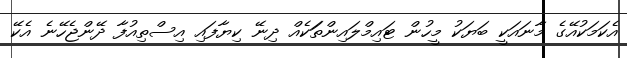
އެކަމަކުއޭގެ މާނައަކީ ބަޔަކު މީހުން ޓައިމްލައިންތަަކެއް ދިނޭ ކިޔާފައި އިސްތިއުފާ ދޭންޖެހޭނެ އެކޭ